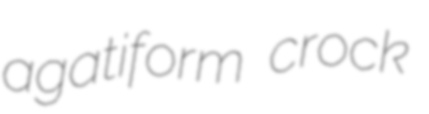
agatiform crock